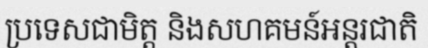
ប្រទេសជាមិត្ត និងសហគមន៍អន្តរជាតិ